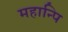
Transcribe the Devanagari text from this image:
महान्पि